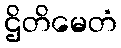
ဌိတိမေတံ